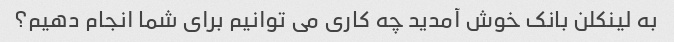
به لینکلن بانک خوش آمدید چه کاری می توانیم برای شما انجام دهیم؟